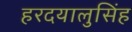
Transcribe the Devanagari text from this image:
हरदयालुसिंह